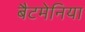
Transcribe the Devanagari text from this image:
बैटमेनिया